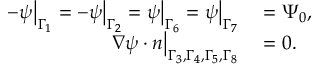
\begin{array} { r l } { - \psi \big | _ { \Gamma _ { 1 } } = - \psi \big | _ { \Gamma _ { 2 } } = \psi \big | _ { \Gamma _ { 6 } } = \psi \big | _ { \Gamma _ { 7 } } } & { { } = \Psi _ { 0 } , } \\ { \boldsymbol { \nabla } \psi \cdot \boldsymbol { n } \big | _ { \Gamma _ { 3 } , \Gamma _ { 4 } , \Gamma _ { 5 } , \Gamma _ { 8 } } } & { { } = 0 . } \end{array}